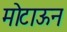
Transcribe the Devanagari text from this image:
मोटाऊन